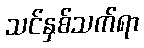
သင်နှစ်သက်ရာ